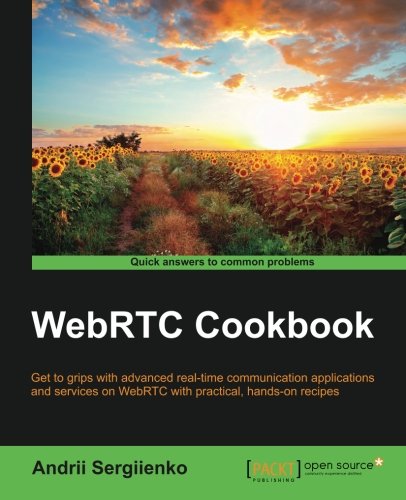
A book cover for WebRTC Cookbook; Andrii Sergiienko; Computers & Technology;